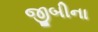
જીબીના